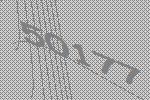
50177